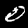
Label: 0